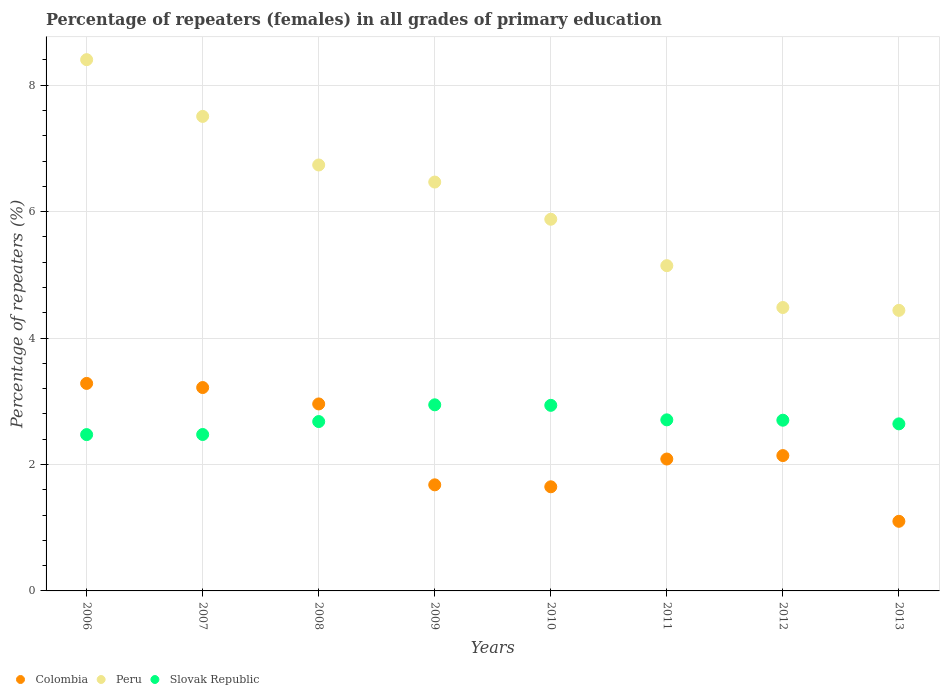
| Years | Colombia | Peru | Slovak Republic |
 | --- | --- | --- | --- |
 | 2006 | 3.28 | 8.4 | 2.47 |
 | 2007 | 3.22 | 7.51 | 2.47 |
 | 2008 | 2.96 | 6.74 | 2.68 |
 | 2009 | 1.68 | 6.47 | 2.94 |
 | 2010 | 1.65 | 5.88 | 2.94 |
 | 2011 | 2.09 | 5.14 | 2.71 |
 | 2012 | 2.14 | 4.48 | 2.7 |
 | 2013 | 1.1 | 4.44 | 2.64 |